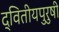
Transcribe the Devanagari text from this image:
द्वितीयपुरुषी